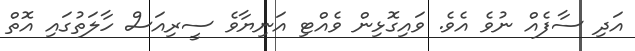
އަދި ސާފެއް ނުވެ އެވެ. ވައިގޮޅިން ވެއްޓި އަނިޔާވެ ސީރިއަސް ހާލަތުގައި އޮތް